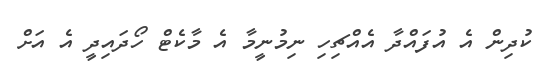
ކުދިން އެ އުފައްދާ އެއްޗިހި ނިމުނީމާ އެ މާކެޓް ހޯދައިދީ އެ އަށް